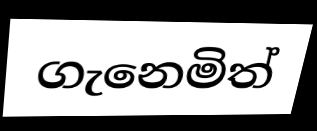
ගැනෙමිත්